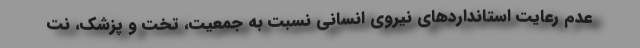
عدم رعایت استانداردهای نیروی انسانی نسبت به جمعیت، تخت و پزشک، نت